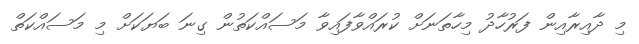
މި ދާއިރާއިން ފަރުހާދު މިހާތަނަށް ކުރައްވާފައިވާ މަސައްކަތުން ގިނަ ބަޔަކަށް މި މަސައްކަތް